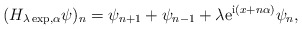
\begin{align*}(H_{\lambda\exp,\alpha}\psi)_{n}=\psi_{n+1}+\psi_{n-1}+\lambda{\rm e}^{{\rm i}(x+n\alpha)} \psi_{n},\end{align*}